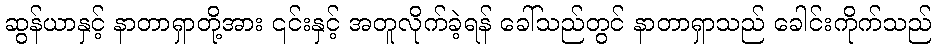
ဆွန်ယာနှင့် နာတာရှာတို့အား ၎င်းနှင့် အတူလိုက်ခဲ့ရန် ခေါ်သည်တွင် နာတာရှာသည် ခေါင်းကိုက်သည်